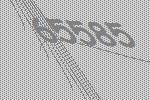
65585